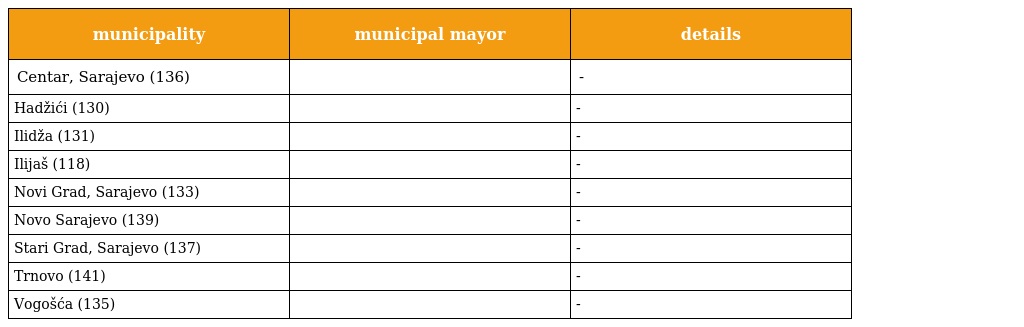
| municipality | municipal mayor | details |
 | --- | --- | --- |
 | Centar, Sarajevo (136) |  | - |
 | Hadžići (130) |  | - |
 | Ilidža (131) |  | - |
 | Ilijaš (118) |  | - |
 | Novi Grad, Sarajevo (133) |  | - |
 | Novo Sarajevo (139) |  | - |
 | Stari Grad, Sarajevo (137) |  | - |
 | Trnovo (141) |  | - |
 | Vogošća (135) |  | - |